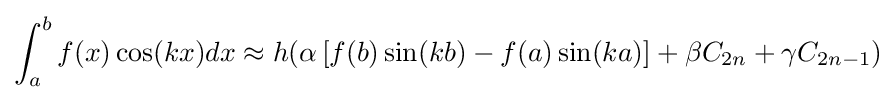
\int _{a}^{b}f(x)\cos(kx)dx\approx h(\alpha \left[f(b)\sin(kb)-f(a)\sin(ka)\right]+\beta C_{2n}+\gamma C_{2n-1})